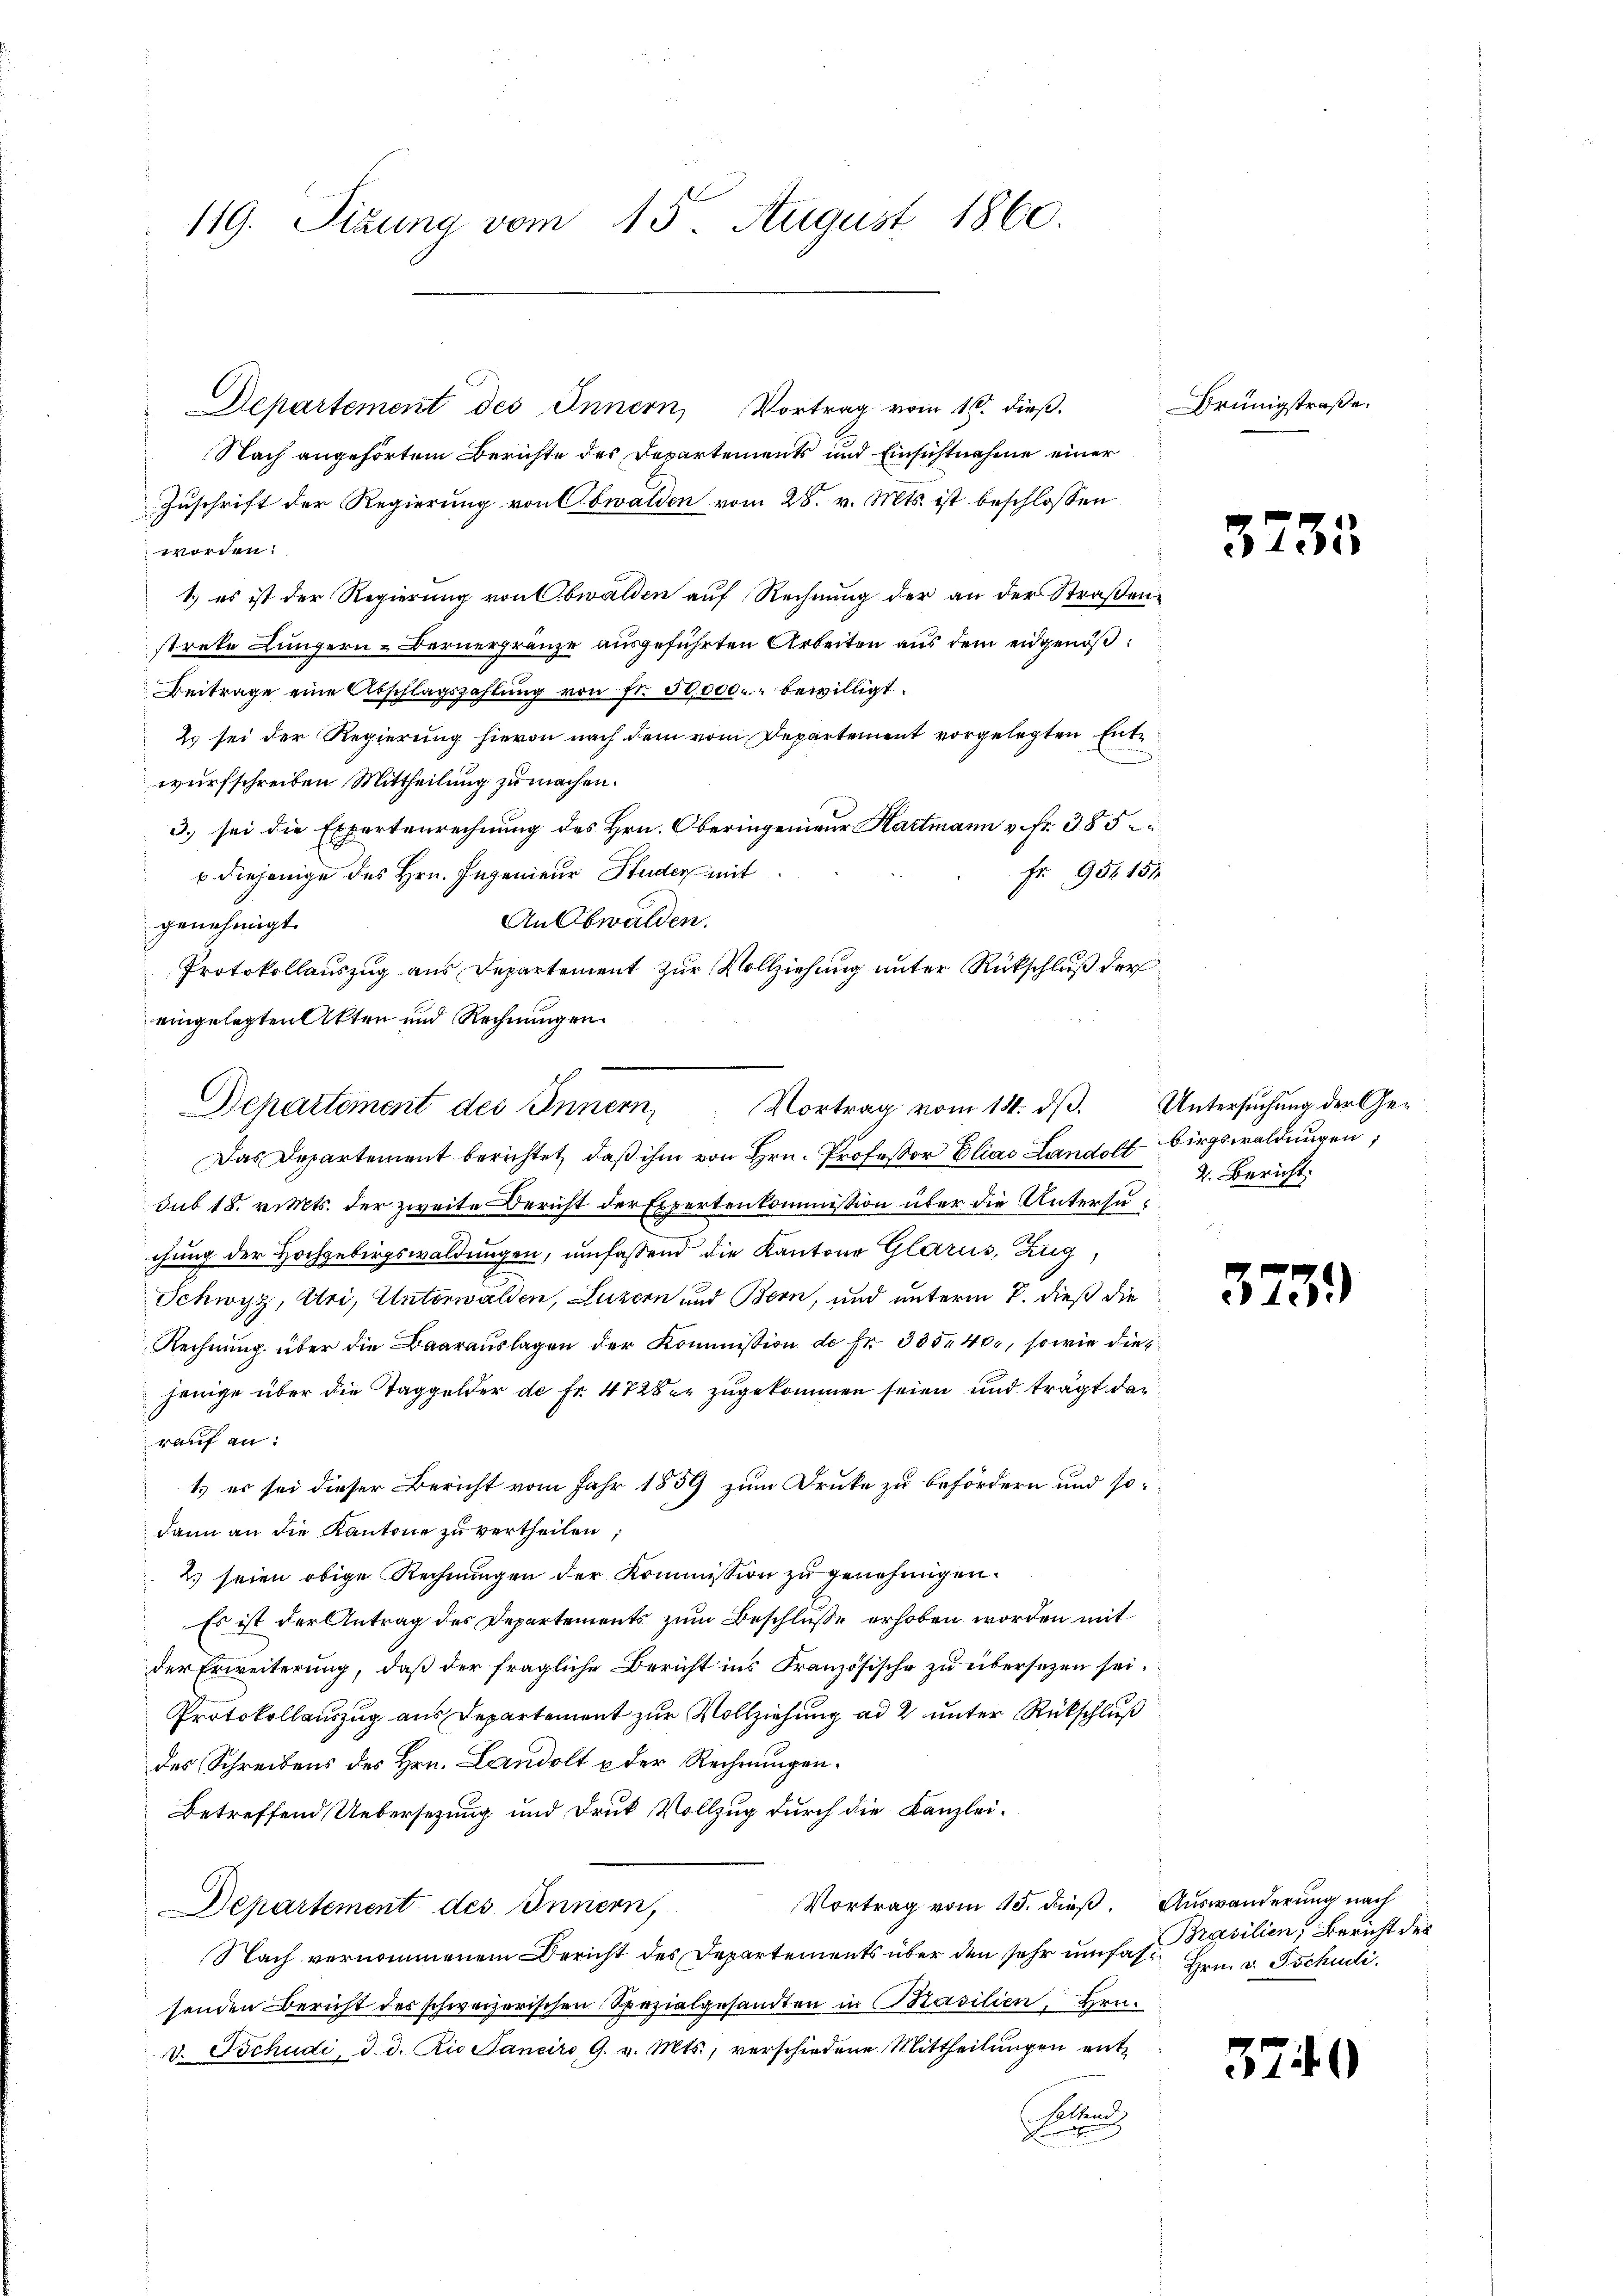
119. Sizung vom 15. August 1860.

Departement des Innern, Vortrag vom 16. dieß.
Nach angehörtem Berichte des Departements und Einsichtnahme einer
Zuschrift der Regierung von Obwalden vom 28. v. Mts. ist beschlossen
worden:
1.) es ist der Regierung von Obwalden auf Rechnung der an der Straßen
streke Lungern-Bernergränze ausgeführten Arbeiten aus dem eidgenöß¬
Beitrage eine Abschlagszahlung von fr. 500000 bewilligt.
Es sei der Regierung hievon nach dem vom Departement vorgelegten Entwurfschreiben Mittheilung zu machen.
3) sei die Expertenrechnung des Hrn. Oberingenieur Hartmann v. fr. 385
Fr. 9515
p. diejenige des Hrn. Ingenieur Studer mit
An Obwalden.
genehmigt.
Protokollauszug aus Departement zur Vollziehung unter Rückschluß der
eingelegten Akten und Rechnungen.
Departement des Innern,
Das Departement berichtet, daß ihm von Hrn. Professor Elias Landolt
sub 18. v. Mts. der zweite Bericht der Expertenkommission über die Untersuchung der Hochgebirgswaldungen, umfassend die Kantons Glarus, Zug
Schwyz, Uri, Unterwalden, Luzern und Bern, und unterm 7. dieß die
Rechnung über die Baarauslagen der Kommission de Fr. 385, 40, so wie diejenige über die Taggelder de Fr. 4728er zugekommen seien und trägt dar
rauf an:
1) es sei dieser Bericht vom Jahr 1859 zum Druke zu befördern und sodann an die Kantone zu vertheilen,
2.) seien obige Rechnungen der Kommission zu genehmigen.
Es ist der Antrag des Departements zum Beschluße erhoben worden mit
der Erweiterung, daß der fragliche Bericht ins Französische zu übersezen sei.
Protokollauszug aus Departement zur Vollziehung ad 2 unter Rückschluß
des Schreibens des Hrn. Landolt & der Rechnungen.
Betreffend Uebersetzung und Druk Vollzug durch die Kanzlei¬
Vortrag vom 15. dieß.
Departement des Innern,
Nach vernommenem Bericht des Departements über den sehr umfast Hrn. v. Tschudi
senden Bericht des schweizerischen Spezialgesandten in Basilien, Hrn.
v. Tschudi d. d. Rio Sanciro G. v. Mts., verschiedene Mittheilŭngen ent-
haltend
e

Vortrag vom 14. ds.

Brünigstraße.

2

1

3233

Untersuchung der Gebirgswaldungen,
4. Bericht

373.

Auswanderung nach
Brasilien, Bericht des

379